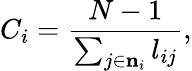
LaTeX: C_{i}=\frac{N-1}{\sum_{j\in{{\mathbf{n}}_{i}}}l_{ij}},